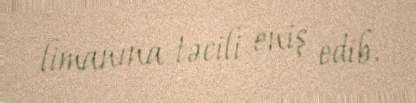
limanına təcili eniş edib.